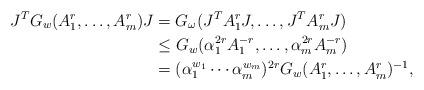
LaTeX: \begin{align*}J^TG_w(A_1^r,\dots,A_m^r)J&=G_\omega(J^TA_1^rJ,\dots,J^TA_m^rJ)\\&\le G_w(\alpha_1^{2r}A_1^{-r},\dots,\alpha_m^{2r}A_m^{-r}) \\&=(\alpha_1^{w_1}\cdots\alpha_m^{w_m})^{2r}G_w(A_1^r,\dots,A_m^r)^{-1},\end{align*}